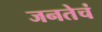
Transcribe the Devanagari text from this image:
जनतेचं